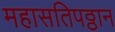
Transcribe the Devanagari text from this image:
महासतिपठ्ठान